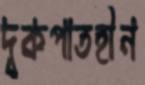
দৃকপাতহীন